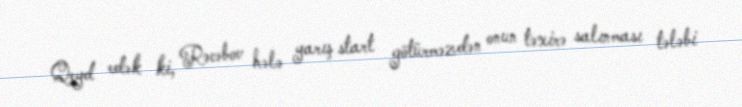
Qeyd edək ki, Rəcəbov hələ yarış start götürməzdən onun təxirə salınması tələbi